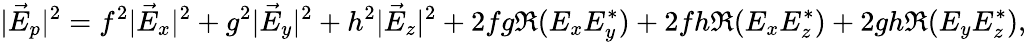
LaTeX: |\vec{E}_{p}|^{2}=f^{2}|\vec{E}_{x}|^{2}+g^{2}|\vec{E}_{y}|^{2}+h^{2}|\vec{E}_{z}|^{2}+2fg\Re(E_{x}E_{y}^{*})+2fh\Re(E_{x}E_{z}^{*})+2gh\Re(E_{y}E_{z}^{*}),